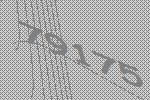
79175